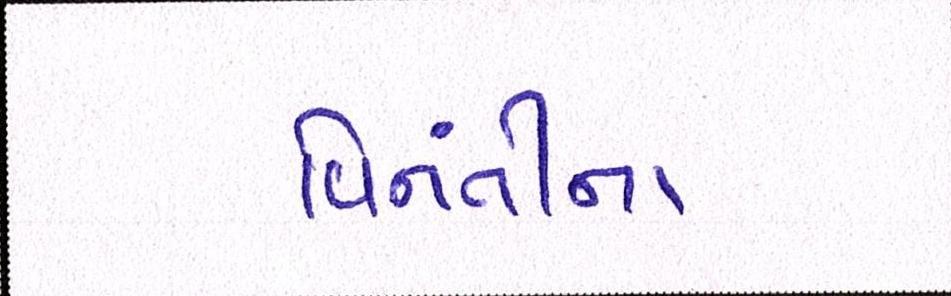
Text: વિનંતીના